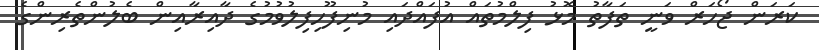
ކަރަން ޖޯހަރް ވަނީ ތަފާތު މޮޅު ފިލްމުތައް އުފައްދައި މުނިފޫހިފިލުވުމުގެ ދާއިރާއިން ބެލުންތެރިންގެ